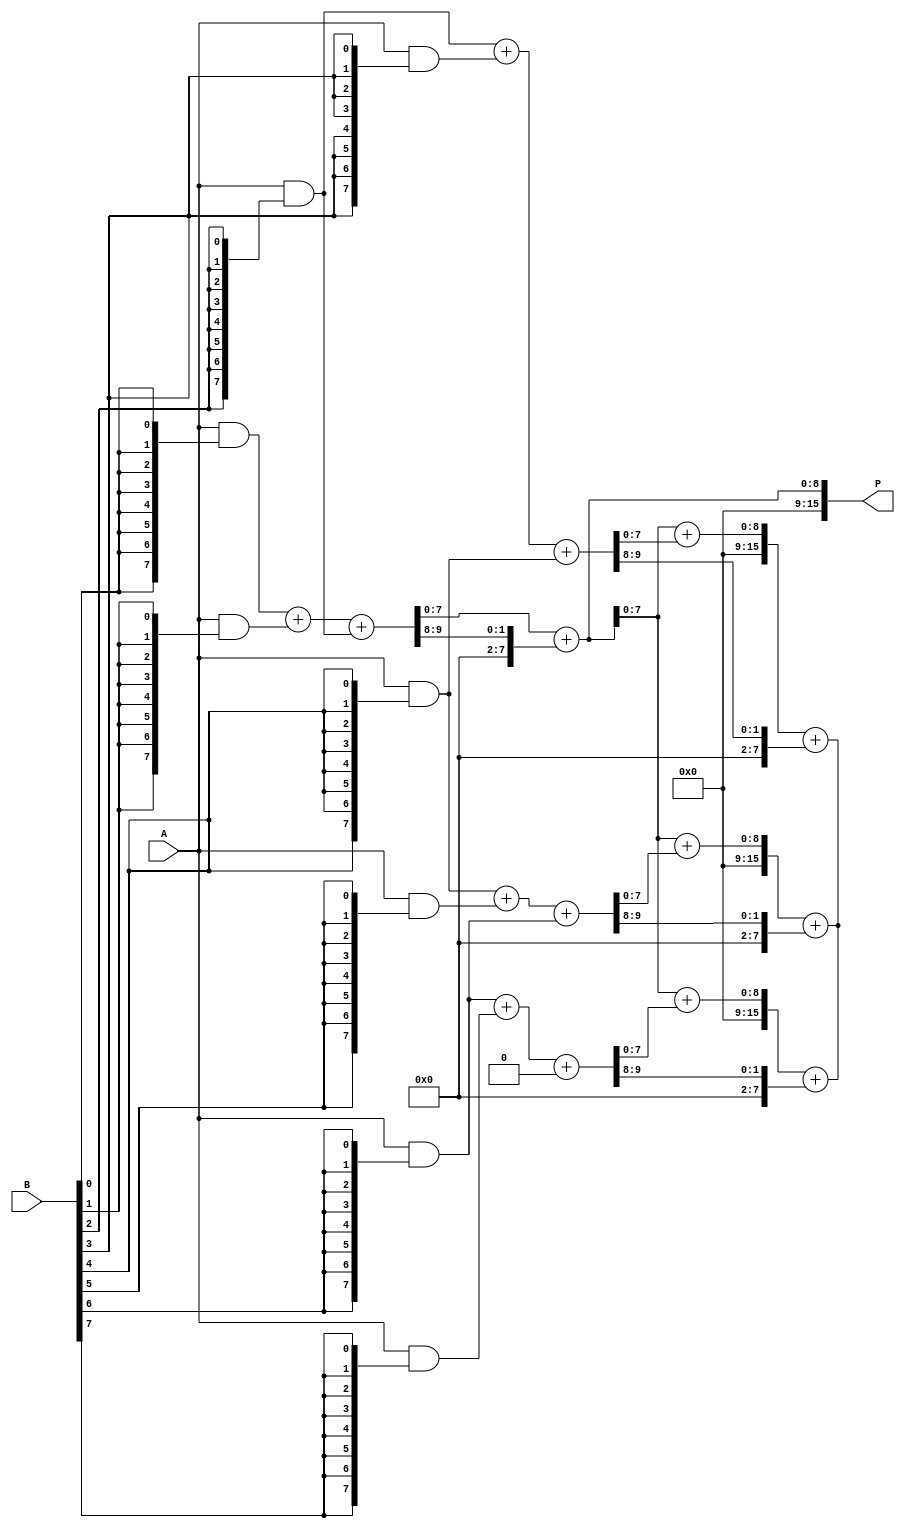
module scalable_wallace_tree_multiplier #(parameter N = 8) (
    input wire [N-1:0] A,
    input wire [N-1:0] B,
    output wire [2*N-1:0] P
);

// Partial Product Generation
wire [N-1:0] pp [0:N-1]; // Partial products array

genvar i;
generate
    for (i = 0; i < N; i = i + 1) begin : partial_product_gen
        assign pp[i] = A & {N{B[i]}};
    end
endgenerate

// Carry-Save Adder (CSA) for Wallace Tree
wire [N-1:0] sum [0:N/2-1];
wire [N-1:0] carry [0:N/2-1];

generate
    for (i = 0; i < N/2; i = i + 1) begin : csa_level
        if (i < N - 1) begin
            // CSA for three inputs
            wire [N-1:0] a = pp[2*i];
            wire [N-1:0] b = pp[2*i + 1];
            wire [N-1:0] c = (2*i + 2 < N) ? pp[2*i + 2] : 0;

            assign {carry[i], sum[i]} = a + b + c; // Sum and carry
        end else begin
            assign sum[i] = pp[2*i];
            assign carry[i] = 0;
        end
    end
endgenerate

// Final Carry-Propagate Adder (CPA)
wire [N-1:0] final_sum;
wire [N-1:0] final_carry;

assign {final_carry, final_sum} = sum[0] + carry[0];

// Reduce final sums and carries
generate
    for (i = 1; i < N/2; i = i + 1) begin : final_cpa
        assign {final_carry, final_sum} = final_sum + sum[i] + carry[i];
    end
endgenerate

// Final output assignment
assign P = {final_carry, final_sum};

endmodule